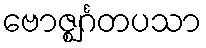
ဗောဇ္ဈင်္ဂတပသာ